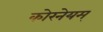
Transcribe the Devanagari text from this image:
कोरनेयम्